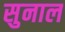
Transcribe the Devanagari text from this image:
सुनाल